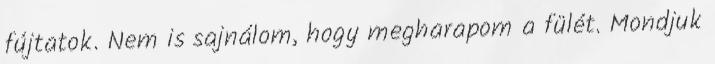
fújtatok. Nem is sajnálom, hogy megharapom a fülét. Mondjuk